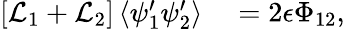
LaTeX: \begin{array}{rl}{\left[\mathcal{L}_{1}+\mathcal{L}_{2}\right]\left\langle\psi_{1}^{\prime}\psi_{2}^{\prime}\right\rangle}&{{}=2\epsilon\Phi_{12},}\end{array}